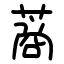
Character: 蔏